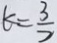
k = \frac { 3 } { 2 }